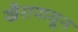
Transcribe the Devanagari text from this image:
खैरापासून